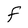
Character: F